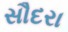
સૌદરા